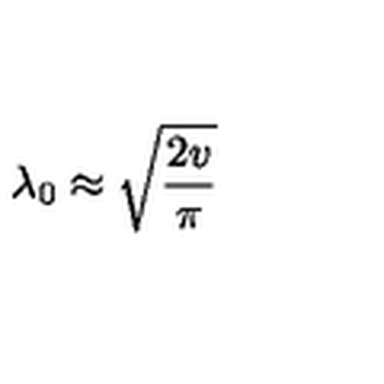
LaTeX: \lambda _ { 0 } \approx \sqrt { \frac { 2 v } { \pi } }